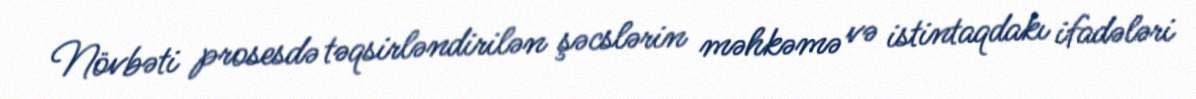
Növbəti prosesdə təqsirləndirilən şəcslərin məhkəmə və istintaqdakı ifadələri